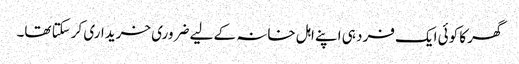
گھر کا کوئی ایک فرد ہی اپنے اہل خانہ کے لیے ضروری خریداری کرسکتا تھا۔